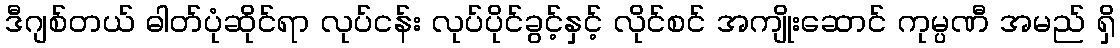
ဒီဂျစ်တယ် ဓါတ်ပုံဆိုင်ရာ လုပ်ငန်း လုပ်ပိုင်ခွင့်နှင့် လိုင်စင် အကျိုးဆောင် ကုမ္ပဏီ အမည် ရှိ